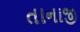
તાનાજી